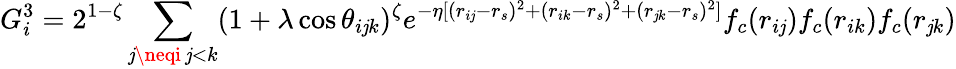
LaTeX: G_{i}^{3}=2^{1-\zeta}\sum_{\substack{\mathit{j}\neqi\, \mathit{j}<k}}(1+\lambda\cos\theta_{i\mathit{j}k})^{\zeta}e^{-\eta[(r_{i\mathit{j}}-r_{s})^{2}+(r_{ik}-r_{s})^{2}+(r_{\mathit{j}k}-r_{s})^{2}]}f_{c}(r_{i\mathit{j}})f_{c}(r_{ik})f_{c}(r_{\mathit{j}k})